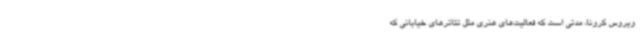
ویروس کرونا، مدتی است که فعالیت‌های هنری مثل تئاترهای خیابانی که